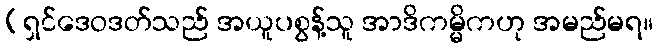
(ရှင်ဒေဝဒတ်သည် အယူပစွန့်သူ အာဒိကမ္မိကဟု အမည်မရ။